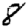
Digit: 8